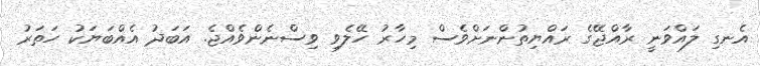
އެނގި ލައްވަނީ ރާއްޖޭގެ ރައްޔިތުންނަށްވެސް މިހާރު ހޭލެވި ވިސްނެންވެއްޖެ. އަބަދު އެއްބަޔަކު ހަތަރު